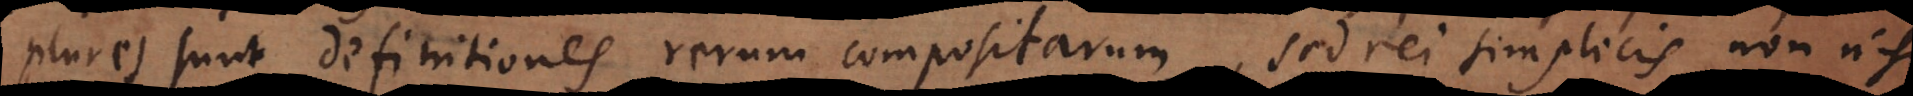
plures sunt definitiones rerum compositarum, sed rei simplicis non nisi